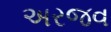
અરજવ